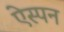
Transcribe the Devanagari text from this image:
ऐस्पन